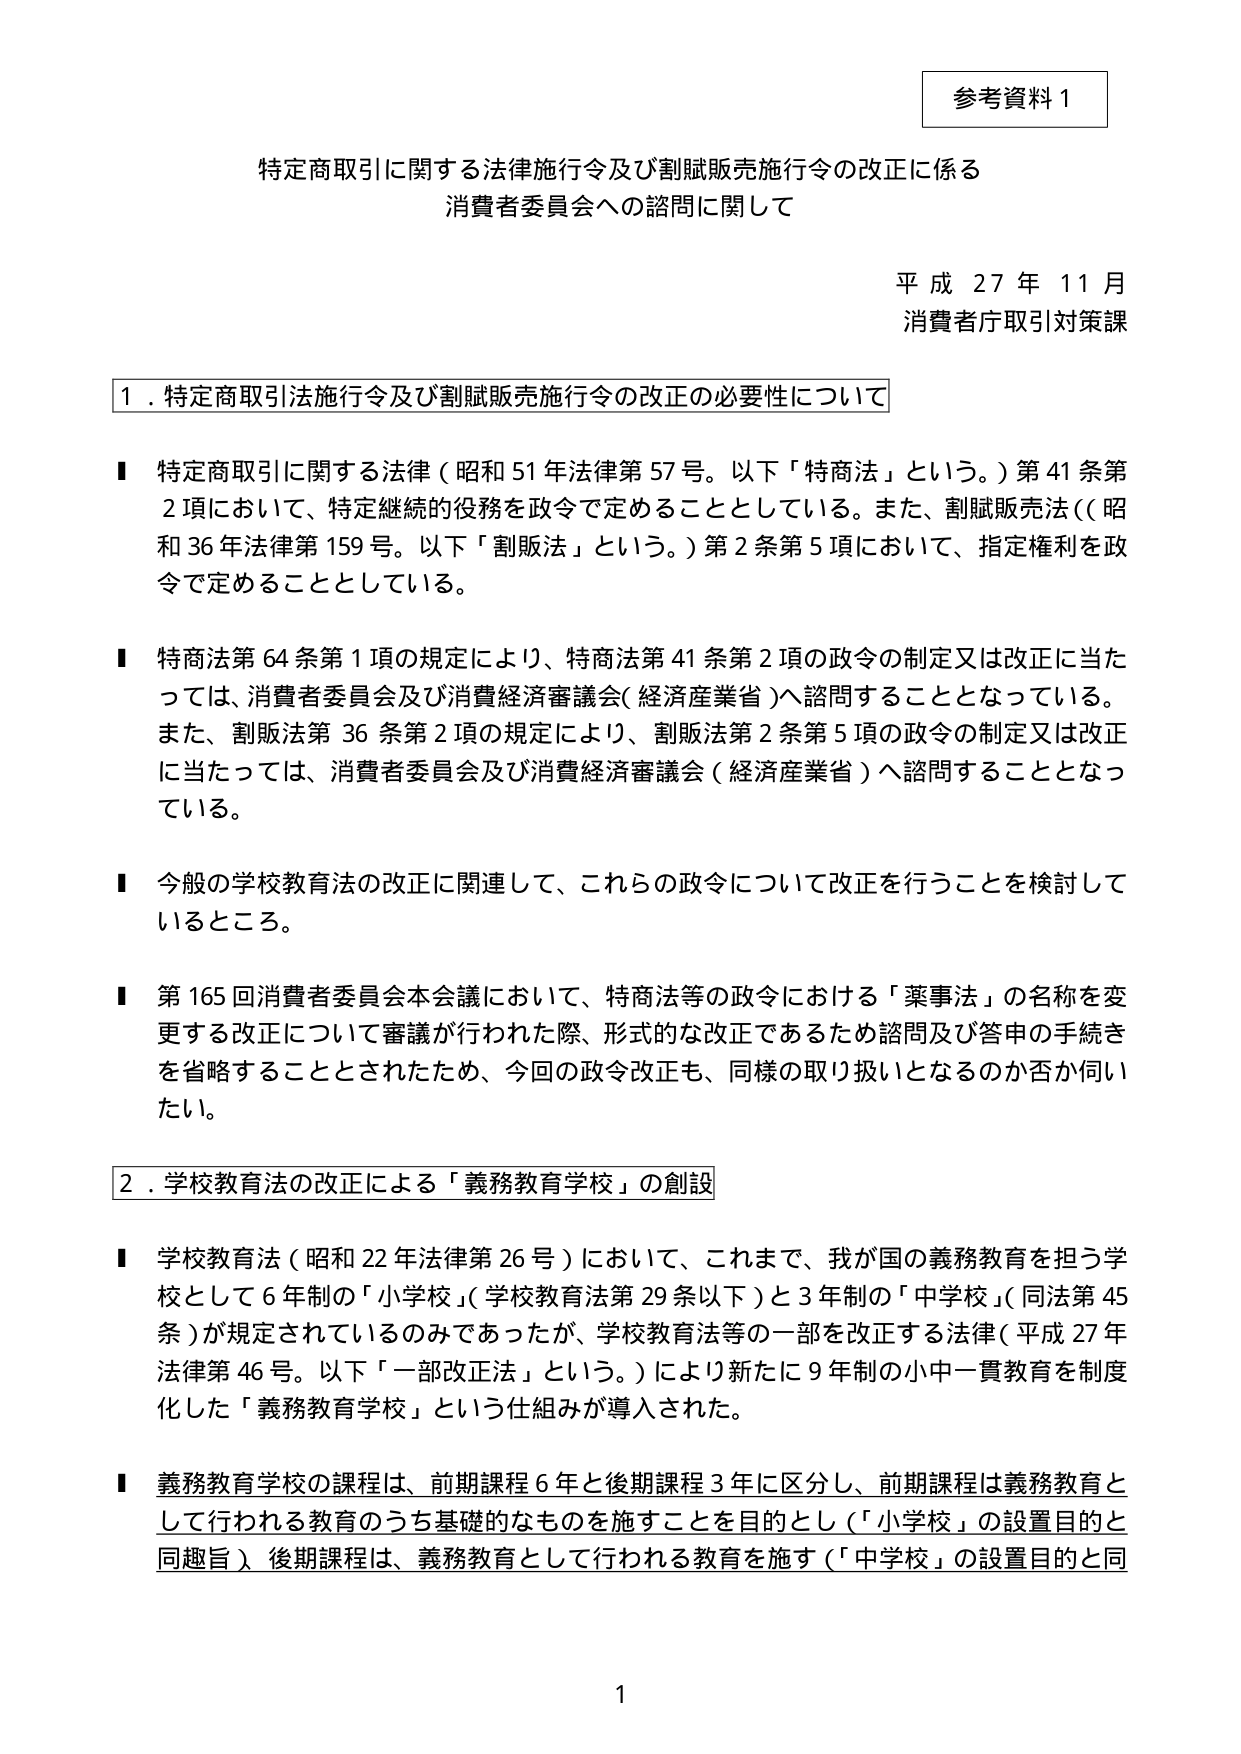
参考資料１

特定商取引に関する法律施行令及び割賦販売施行令の改正に係る
消費者委員会への諮問に関して

平成２７年１１月
消費者庁取引対策課

１．特定商取引法施行令及び割賦販売施行令の改正の必要性について

■ 特定商取引に関する法律（昭和５１年法律第５７号。以下「特商法」という。）第４１条第
２項において、特定継続的役務を政令で定めることとしている。また、割賦販売法（（昭
和３６年法律第１５９号。以下「割販法」という。）第２条第５項において、指定権利を政
令で定めることとしている。

■ 特商法第６４条第１項の規定により、特商法第４１条第２項の政令の制定又は改正に当た
っては、消費者委員会及び消費経済審議会（経済産業省）へ諮問することとなっている。
また、割販法第３６条第２項の規定により、割販法第２条第５項の政令の制定又は改正
に当たっては、消費者委員会及び消費経済審議会（経済産業省）へ諮問することとなっ
ている。

■ 今般の学校教育法の改正に関連して、これらの政令について改正を行うことを検討して
いるところ。

■ 第１６５回消費者委員会本会議において、特商法等の政令における「薬事法」の名称を変
更する改正について審議が行われた際、形式的な改正であるため諮問及び答申の手続き
を省略することとされたため、今回の政令改正も、同様の取り扱いとなるのか否か伺い
たい。

２．学校教育法の改正による「義務教育学校」の創設

■ 学校教育法（昭和２２年法律第２６号）において、これまで、我が国の義務教育を担う学
校として６年制の「小学校」（学校教育法第２９条以下）と３年制の「中学校」（同法第４５
条）が規定されているのみであったが、学校教育法等の一部を改正する法律（平成２７年
法律第４６号。以下「一部改正法」という。）により新たに９年制の小中一貫教育を制度
化した「義務教育学校」という仕組みが導入された。

■ 義務教育学校の課程は、前期課程６年と後期課程３年に区分し、前期課程は義務教育と
して行われる教育のうち基礎的なものを施すことを目的とし（「小学校」の設置目的と
同趣旨）、後期課程は、義務教育として行われる教育を施す（「中学校」の設置目的と同

１